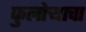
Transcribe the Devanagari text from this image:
फुलोऱ्याचा